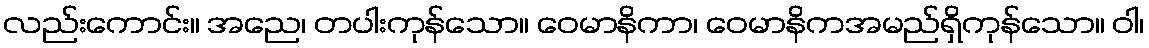
လည်းကောင်း။ အညေ၊ တပါးကုန်သော။ ဝေမာနိကာ၊ ဝေမာနိကအမည်ရှိကုန်သော။ ဝါ၊